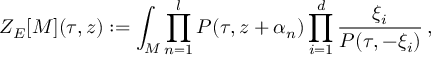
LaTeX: Z _ { E } [ M ] ( \tau , z ) : = \int _ { M } \prod _ { n = 1 } ^ { l } P ( \tau , z + \alpha _ { n } ) \prod _ { i = 1 } ^ { d } \frac { \xi _ { i } } { P ( \tau , - \xi _ { i } ) } \, ,